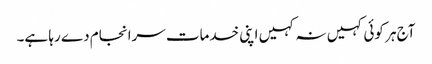
آج ہر کوئی کہیں نہ کہیں اپنی خدمات سرانجام دے رہا ہے۔